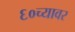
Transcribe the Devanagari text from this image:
६०च्यावर